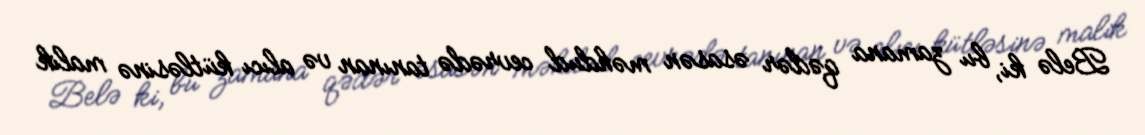
Belə ki, bu zamana qədər əsasən məhdud cevrədə tanınan və alıcı kütləsinə malik